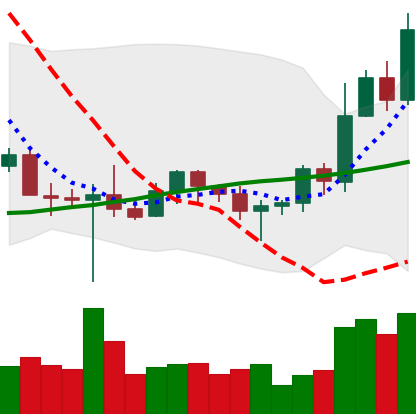
Ticker: BNB-USD
Chart end date: 2022-10-28
Forward return: 7.428%
Label: up_7plus